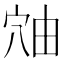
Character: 𬔈